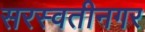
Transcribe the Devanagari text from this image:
सरस्वतीनगर